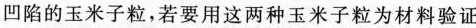
凹陷的玉米子粒，若要用这两种玉米子粒为材料验证